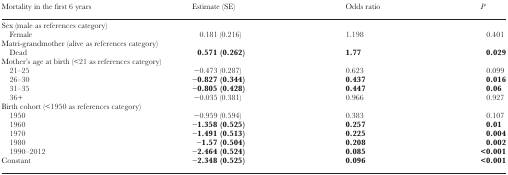
| Mortality in the first 6 years | Estimate (SE) | Odds ratio | P |
 | --- | --- | --- | --- |
 | <COLSPAN=4> Sex (male as references category) |
 | Female | 0.181 (0.216) | 1.198 | 0.401 |
 | <COLSPAN=4> Matri-grandmother (alive as references category) |
 | Dead | 0.571 (0.262) | 1.77 | 0.029 |
 | <COLSPAN=4> Mother’s age at birth (<21 as references category) |
 | 21–25 | −0.473 (0.287) | 0.623 | 0.099 |
 | 26–30 | −0.827 (0.344) | 0.437 | 0.016 |
 | 31–35 | −0.805 (0.428) | 0.447 | 0.06 |
 | 36+ | −0.035 (0.381) | 0.966 | 0.927 |
 | <COLSPAN=4> Birth cohort (<1950 as references category) |
 | 1950 | −0.959 (0.594) | 0.383 | 0.107 |
 | 1960 | −1.358 (0.525) | 0.257 | 0.01 |
 | 1970 | −1.491 (0.513) | 0.225 | 0.004 |
 | 1980 | −1.57 (0.504) | 0.208 | 0.002 |
 | 1990–2012 | −2.464 (0.524) | 0.085 | <0.001 |
 | Constant | −2.348 (0.525) | 0.096 | <0.001 |